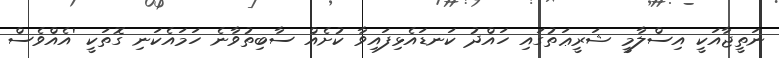
ނަތީޖާއަކީ އިސްލާމީ ޝަރީޢަތުގައި ހައްދު ކަނޑައެޅިފައިވާ ކުށެއް ސާބިތުވާނެ ހަމައެކަނި ގޮތަކީ 'އެއްވެސް